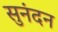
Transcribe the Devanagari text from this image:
सुनंदन